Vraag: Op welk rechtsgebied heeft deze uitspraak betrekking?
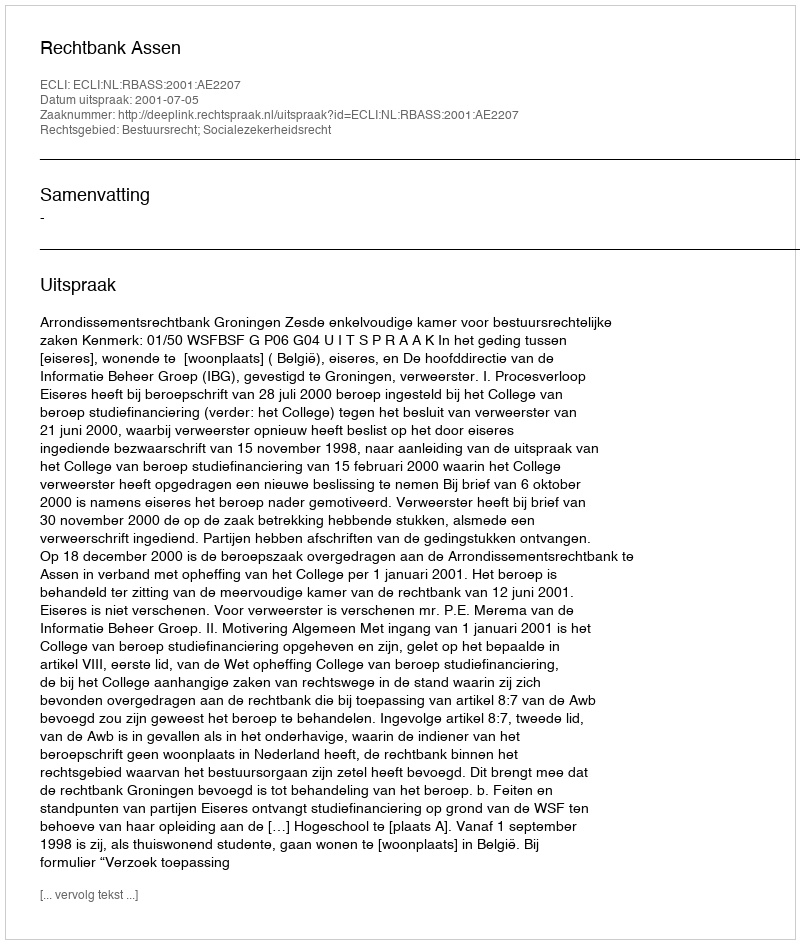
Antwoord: Bestuursrecht; Socialezekerheidsrecht